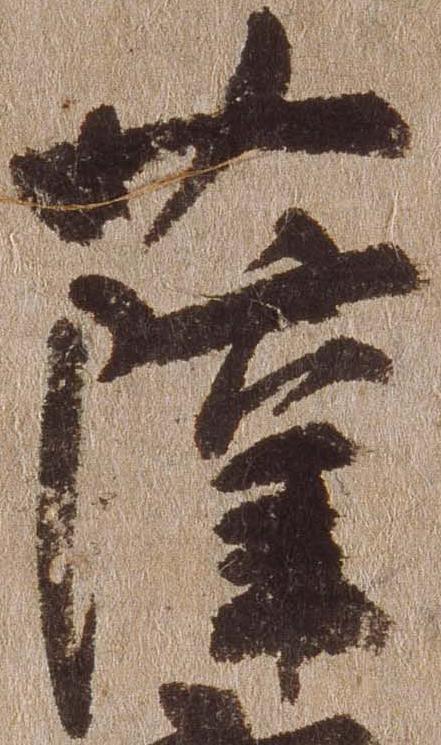
薩